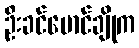
ဦးခင်မောင်ချိုက